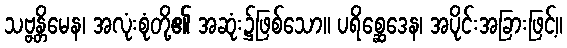
သဗ္ဗန္တိမေန၊ အလုံးစုံတို့၏ အဆုံး၌ဖြစ်သော။ ပရိစ္ဆေဒေန၊ အပိုင်းအခြားဖြင့်။